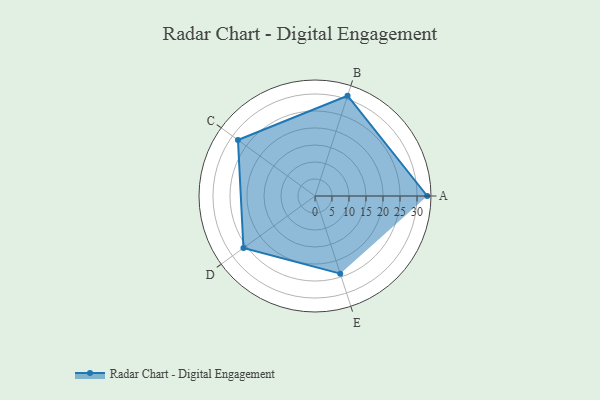
{"axis": {"x": "Skill", "y": "Score"}, "legend": ["Profile"], "data": [{"x": "A", "y": 33.0, "type": "Profile"}, {"x": "B", "y": 31.0, "type": "Profile"}, {"x": "C", "y": 28.0, "type": "Profile"}, {"x": "D", "y": 26.0, "type": "Profile"}, {"x": "E", "y": 24.0, "type": "Profile"}]}